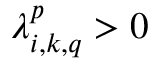
\lambda _ { i , k , q } ^ { p } > 0